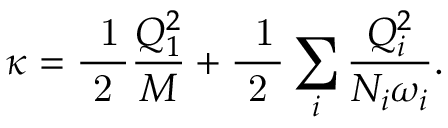
\kappa = \mathrm { \frac { ~ 1 } { ~ 2 ~ } } \frac { Q _ { 1 } ^ { 2 } } { { \cal M } } + \mathrm { \frac { ~ 1 } { ~ 2 ~ } } \sum _ { i } \frac { Q _ { i } ^ { 2 } } { { \cal N } _ { i } \omega _ { i } } .